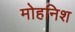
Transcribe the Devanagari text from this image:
मोहनिश